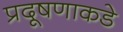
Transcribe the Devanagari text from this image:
प्रदूषणाकडे